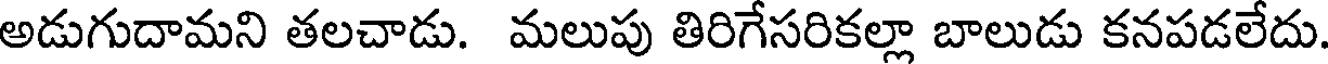
అడుగుదామని తలచాడు. మలుపు తిరిగేసరికల్లా బాలుడు కనపడలేదు